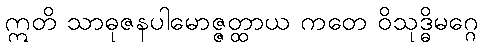
ဣတိ သာဓုဇနပါမောဇ္ဇတ္ထာယ ကတေ ဝိသုဒ္ဓိမဂ္ဂေ